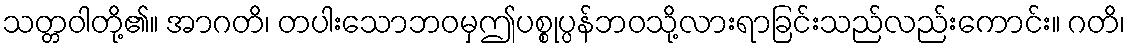
သတ္တဝါတို့၏။ အာဂတိ၊ တပါးသောဘဝမှဤပစ္စုပ္ပန်ဘဝသို့လားရာခြင်းသည်လည်းကောင်း။ ဂတိ၊